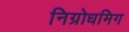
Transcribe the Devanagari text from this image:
निग्रोधमिग